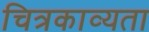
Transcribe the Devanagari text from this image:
चित्रकाव्यता